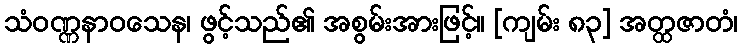
သံဝဏ္ဏနာဝသေန၊ ဖွင့်သည်၏ အစွမ်းအားဖြင့်။ [ကျမ်း ၈၃] အတ္ထဇာတံ၊